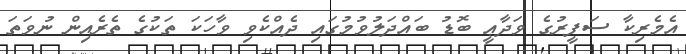
އެމެރިކާ ސަފީރުގެ ވަދާޢީ ބޮޑު ބައްދަލުވުމުގައި ދެއްކެވި ވާހަކަ ތަކުގެ ތެރެއިން ނުވަތަ